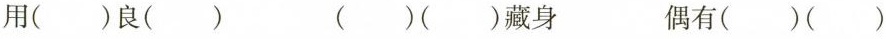
用( )良( ) ( )( )藏身 偶有( )( )